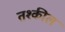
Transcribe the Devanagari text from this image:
तश्कील